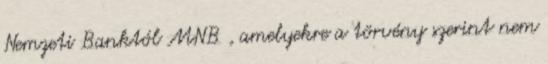
Nemzeti Banktól MNB , amelyekre a törvény szerint nem